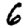
Digit: 6